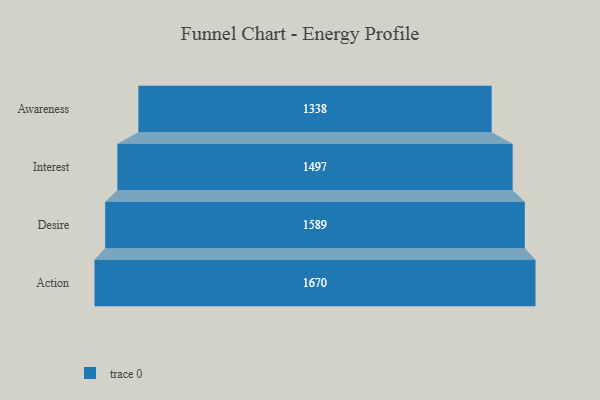
{"axis": {"x": "Stage", "y": "Value"}, "legend": [""], "data": [{"x": "Awareness", "y": 1338.0, "type": ""}, {"x": "Interest", "y": 1497.0, "type": ""}, {"x": "Desire", "y": 1589.0, "type": ""}, {"x": "Action", "y": 1670.0, "type": ""}]}